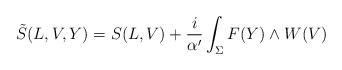
LaTeX: \begin{align*}\tilde{S}(L,V,Y)=S(L,V) + \frac{i}{\alpha^{\prime}}\int_{ \Sigma }F(Y)\wedge W(V)\end{align*}